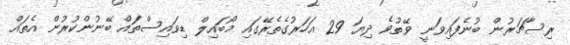
ރިސާޗަރުން ބުނެފައިވަނީ ވޭތުވެ ދިޔަ 29 އަހަރުގެތެރޭގައި މޯބައިލް ޑިވައިސްތައް ބޭނުންކުރުން އެތައް